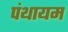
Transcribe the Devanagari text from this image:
पंथायम